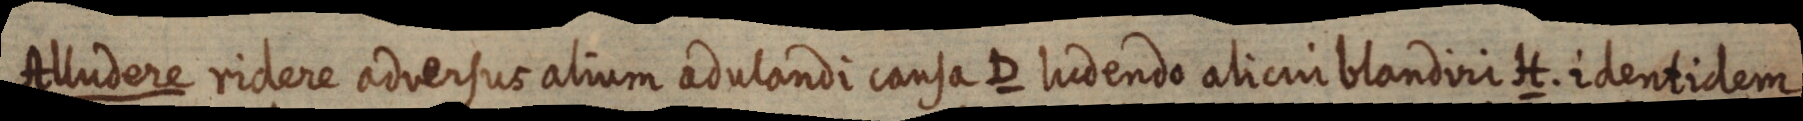
Alludere ridere adversus alium adulandi causa D ludendo alicui blandiri H. identidem